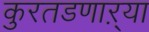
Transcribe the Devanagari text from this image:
कुरतडणाऱ्या